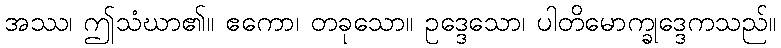
အဿ၊ ဤသံဃာ၏။ ဧကော၊ တခုသော။ ဥဒ္ဒေသော၊ ပါတိမောက္ခုဒ္ဒေကသည်။